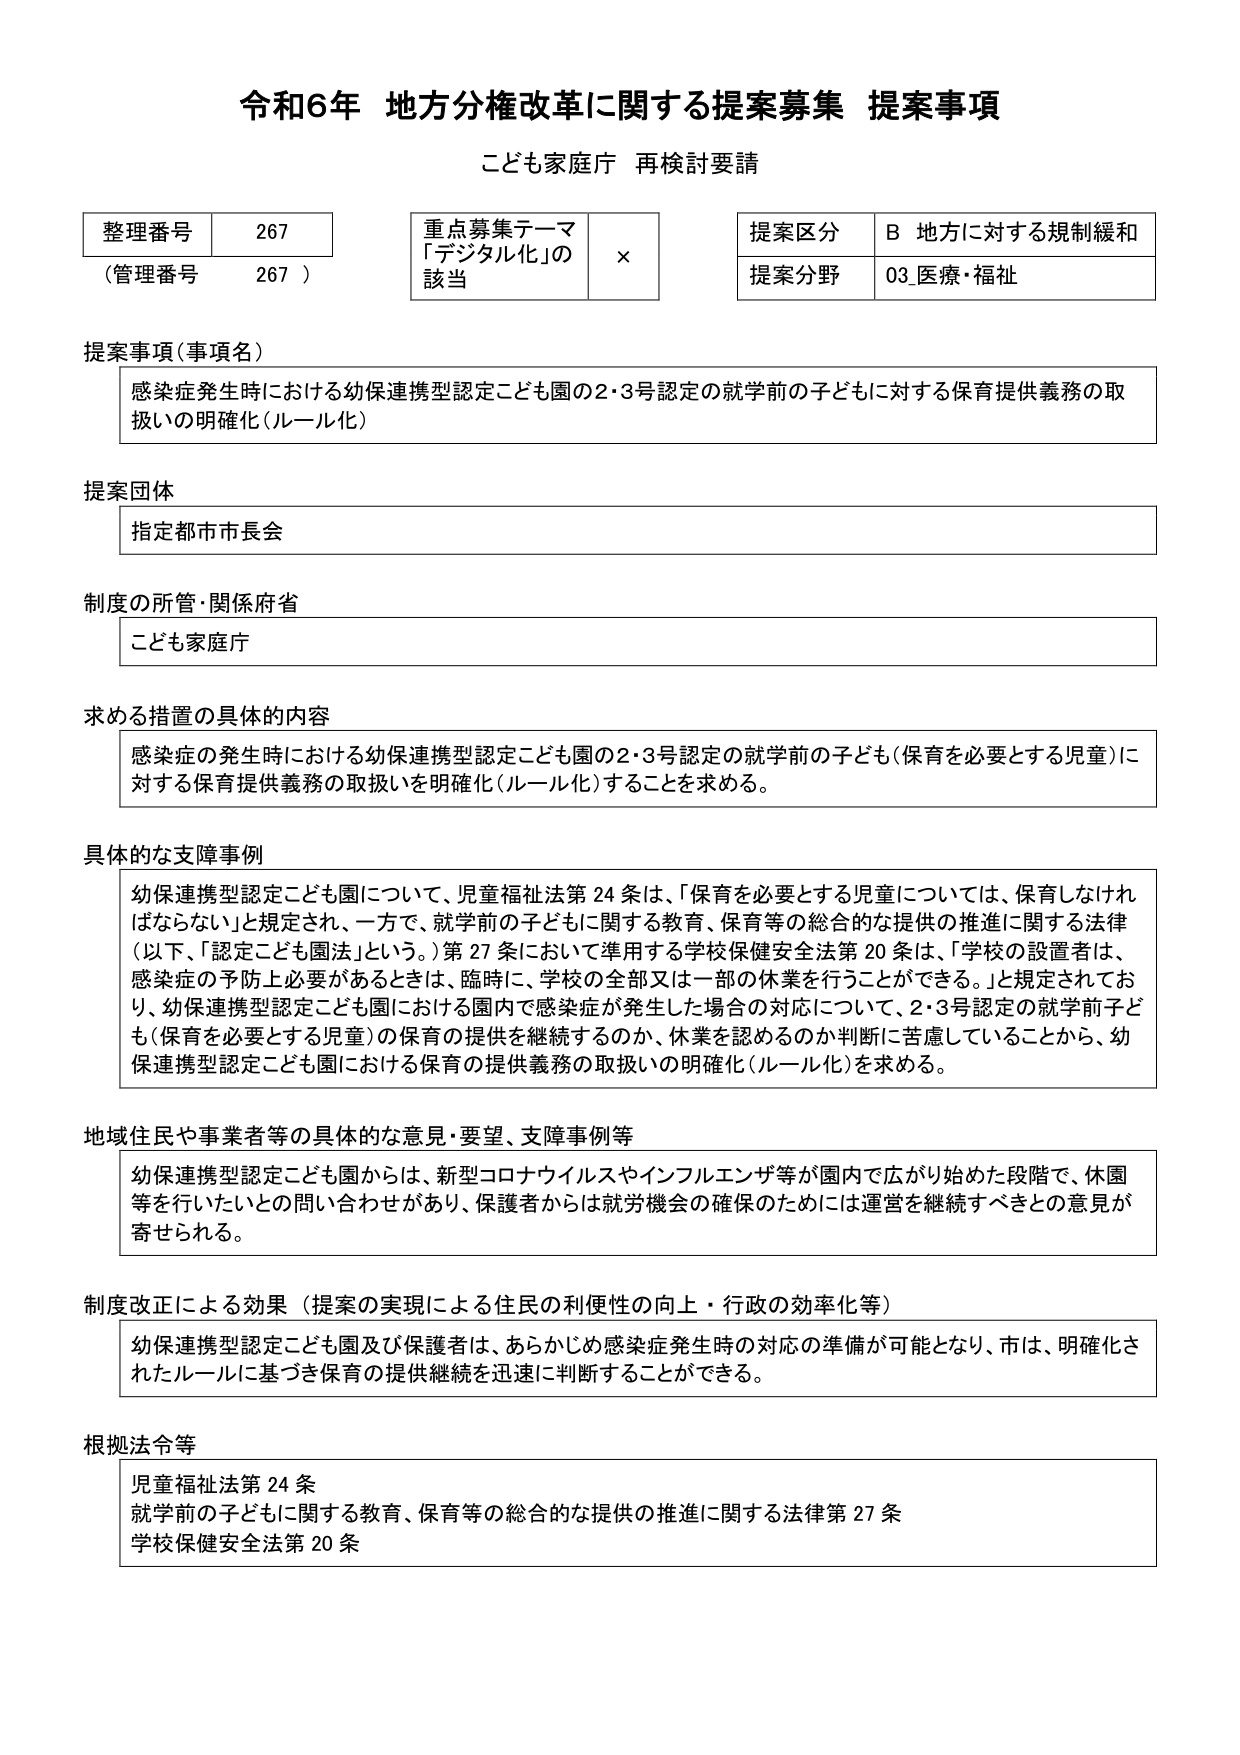
令和6年 地方分権改革に関する提案募集 提案事項
こども家庭庁 再検討要請

整理番号 267
（管理番号 267）

重点募集テーマ
「デジタル化」の
該当 ×

提案区分 B 地方に対する規制緩和
提案分野 03 医療・福祉

提案事項（事項名）
感染症発生時における幼保連携型認定こども園の2・3号認定の就学前の子どもに対する保育提供義務の取扱いの明確化（ルール化）

提案団体
指定都市市長会

制度の所管・関係府省
こども家庭庁

求める措置の具体的内容
感染症の発生時における幼保連携型認定こども園の2・3号認定の就学前の子ども（保育を必要とする児童）に対する保育提供義務の取扱いを明確化（ルール化）することを求める。

具体的な支障事例
幼保連携型認定こども園について、児童福祉法第24条は、「保育を必要とする児童については、保育しなければならない」と規定され、一方で、就学前の子どもに関する教育、保育等の総合的な提供の推進に関する法律（以下、「認定こども園法」という。）第27条において準用する学校保健安全法第20条は、「学校の設置者は、感染症の予防上必要があるときは、臨時に、学校の全部又は一部の休業を行うことができる。」と規定されており、幼保連携型認定こども園における園内で感染症が発生した場合の対応について、2・3号認定の就学前子ども（保育を必要とする児童）の保育の提供を継続するのか、休業を認めるのか判断に苦慮していることから、幼保連携型認定こども園における保育の提供義務の取扱いの明確化（ルール化）を求める。

地域住民や事業者等の具体的な意見・要望、支障事例等
幼保連携型認定こども園からは、新型コロナウイルスやインフルエンザ等が園内で広がり始めた段階で、休園等を行いたいとの問い合わせがあり、保護者からは就労機会の確保のためには運営を継続すべきとの意見が寄せられる。

制度改正による効果（提案の実現による住民の利便性の向上・行政の効率化等）
幼保連携型認定こども園及び保護者は、あらかじめ感染症発生時の対応の準備が可能となり、市は、明確化されたルールに基づき保育の提供継続を迅速に判断することができる。

根拠法令等
児童福祉法第24条
就学前の子どもに関する教育、保育等の総合的な提供の推進に関する法律第27条
学校保健安全法第20条